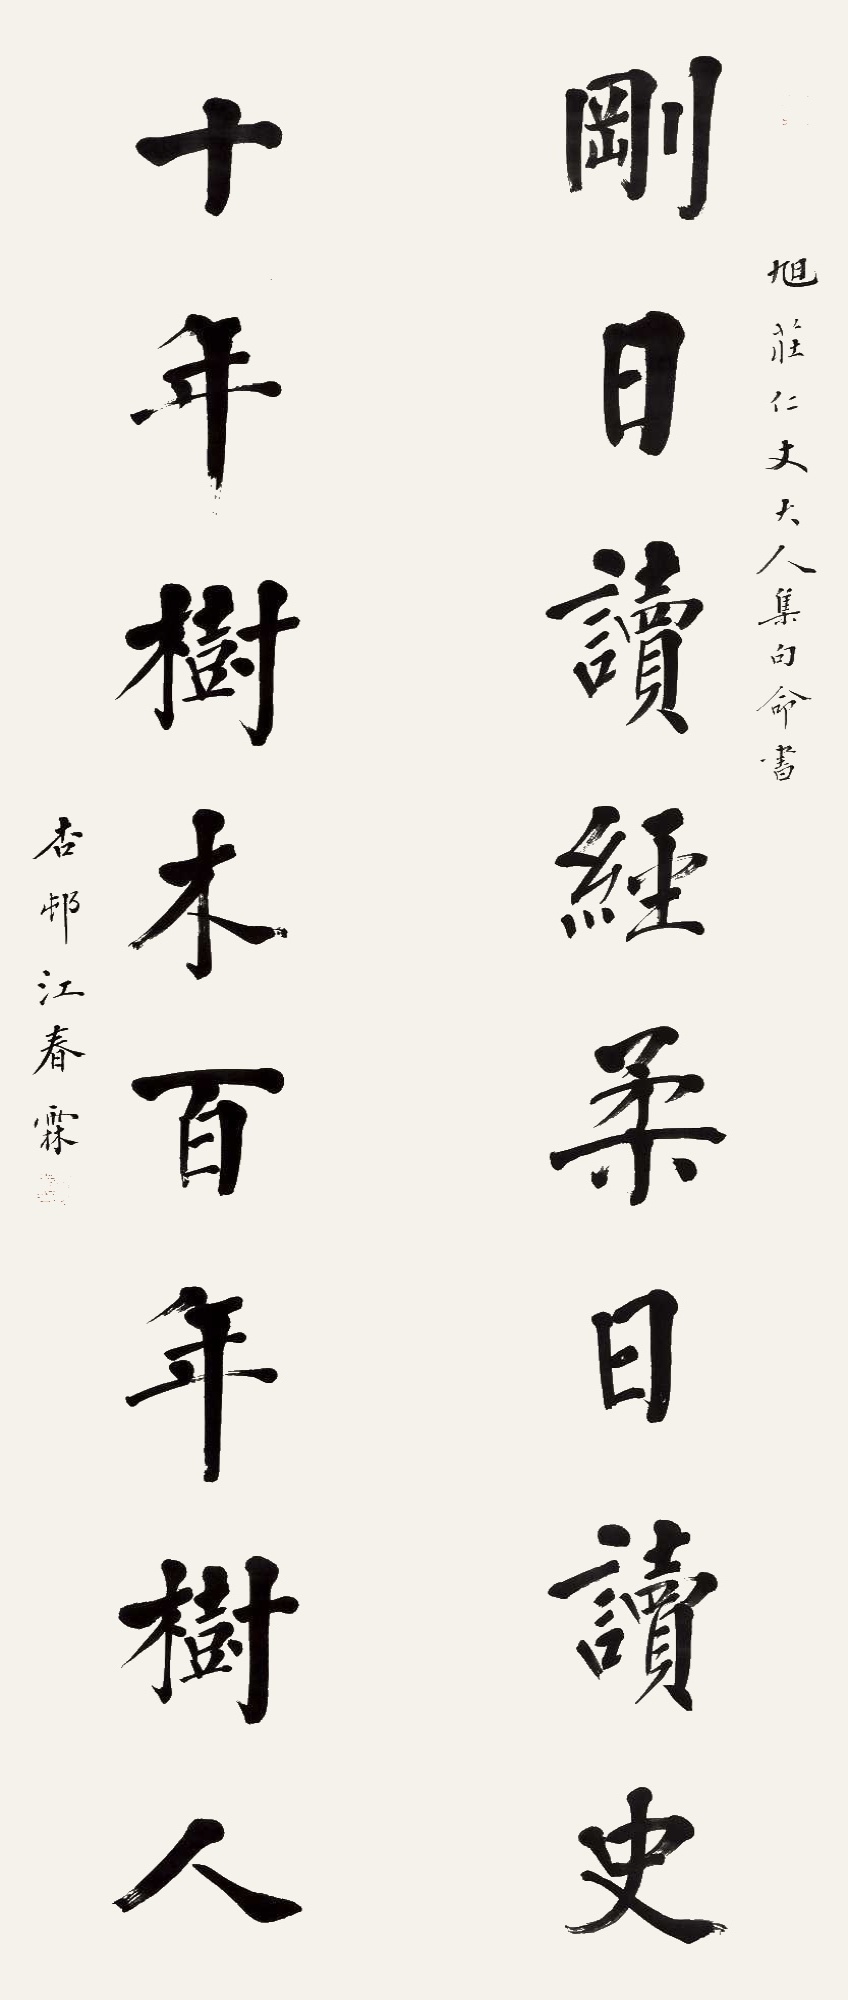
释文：刚日读经柔日读史，十年树木百年树人。旭庄仁丈大人集句命书，杏村江春霖。